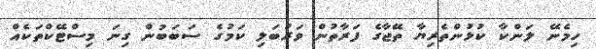
ހިމެނޭ ލަންކާ ކުޅުންތެރިޔާ ތޭޖާގެ ފަރާތުން ވަރުބަލި ކަމުގެ ސަބަބުން ގިނަ މިސްޓޭކްތަކެއް